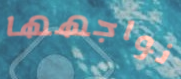
نواجهها